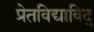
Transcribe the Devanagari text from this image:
प्रेतविद्याविद्